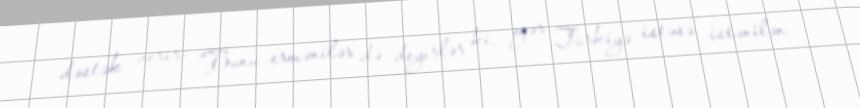
dəstək verir: “Bunu ermənilər də deyirlər ki, əgər Türkiyə istəsə, istənilən